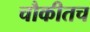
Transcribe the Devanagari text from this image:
चौकीतच